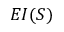
E I ( S )